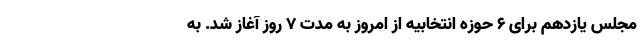
مجلس یازدهم برای ۶ حوزه انتخابیه از امروز به مدت ۷ روز آغاز شد. به